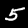
Digit: 5